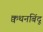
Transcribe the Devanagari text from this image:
क्वथनबिंदू